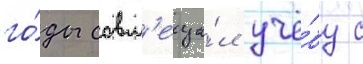
го́ды совм'еща́л учё́бу с